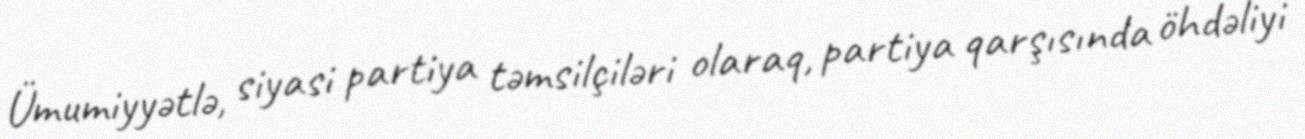
Ümumiyyətlə, siyasi partiya təmsilçiləri olaraq, partiya qarşısında öhdəliyi